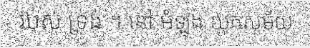
របស់ ទ្រង់ ។ នៅ អំឡុង យុគសម័យ